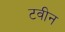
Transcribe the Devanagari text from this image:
टवीन